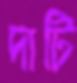
দাটি